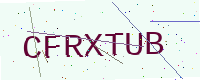
Text: CFRXTUB